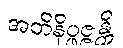
အဘိနိပ္ဖဇ္ဇန္တိ